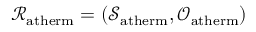
\mathcal { R } _ { \mathrm { a t h e r m } } = ( \mathcal { S } _ { \mathrm { a t h e r m } } , \mathcal { O } _ { \mathrm { a t h e r m } } )